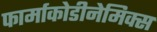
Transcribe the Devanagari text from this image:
फार्माकोडीनेमिक्स